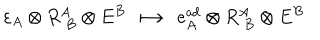
LaTeX: \varepsilon _ { A } \otimes R _ { \; B } ^ { A } \otimes E ^ { B } \; \longmapsto \; e _ { A } ^ { \mathrm { a d } } \otimes R _ { \; B } ^ { A } \otimes E ^ { B }